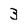
Character: 3